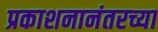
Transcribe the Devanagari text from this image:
प्रकाशनानंतरच्या